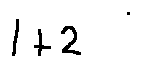
1 + 2